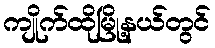
ကျိုက်ထိုမြို့နယ်တွင်